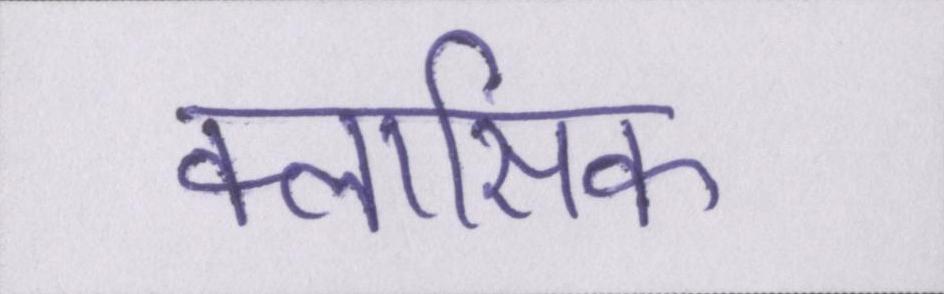
क्लासिक